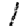
Digit: 1